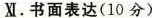
Ⅺ.书面表达(10分)